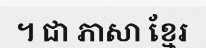
។ ជា ភាសា ខ្មែរ